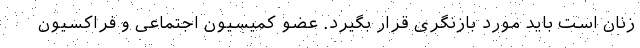
زنان است باید مورد بازنگری قرار بگیرد. عضو کمیسیون اجتماعی و فراکسیون